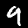
Digit: 9